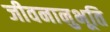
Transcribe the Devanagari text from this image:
जीवनानुभूति